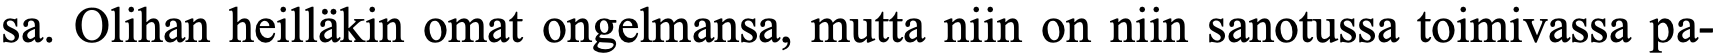
sa. Olihan heilläkin omat ongelmansa, mutta niin on niin sanotussa toimivassa pa-